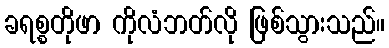
ခရစ္စတိုဖာ ကိုလံဘတ်လို ဖြစ်သွားသည်။